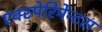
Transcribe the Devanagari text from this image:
एक्स्पेरिमेंन्टस